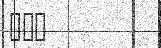
١٦١